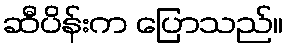
ဆီပိန်းက ပြောသည်။